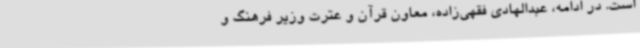
است. در ادامه، عبدالهادی فقهی‌زاده، معاون قرآن و عترت وزیر فرهنگ و